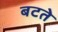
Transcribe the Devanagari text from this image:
बटते